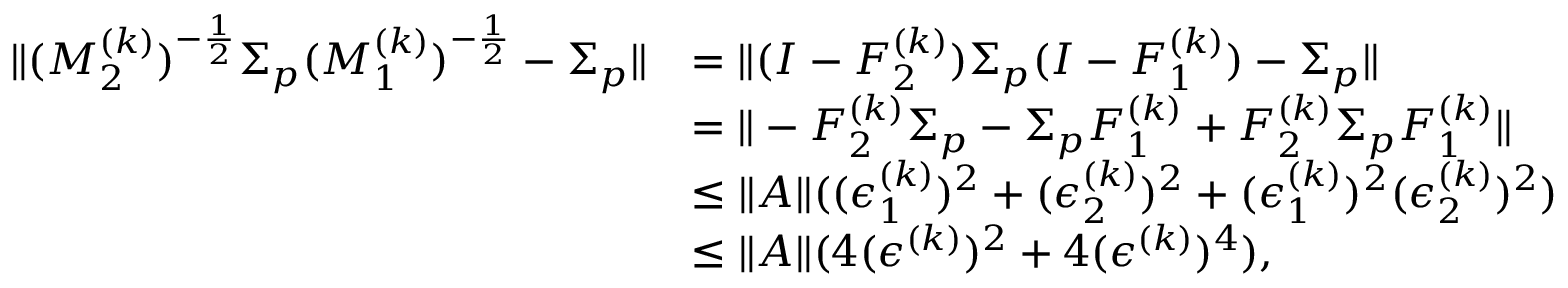
\begin{array} { r l } { \| ( M _ { 2 } ^ { ( k ) } ) ^ { - \frac { 1 } { 2 } } \Sigma _ { p } ( M _ { 1 } ^ { ( k ) } ) ^ { - \frac { 1 } { 2 } } - \Sigma _ { p } \| } & { = \| ( I - F _ { 2 } ^ { ( k ) } ) \Sigma _ { p } ( I - F _ { 1 } ^ { ( k ) } ) - \Sigma _ { p } \| } \\ & { = \| - F _ { 2 } ^ { ( k ) } \Sigma _ { p } - \Sigma _ { p } F _ { 1 } ^ { ( k ) } + F _ { 2 } ^ { ( k ) } \Sigma _ { p } F _ { 1 } ^ { ( k ) } \| } \\ & { \leq \| A \| ( ( \epsilon _ { 1 } ^ { ( k ) } ) ^ { 2 } + ( \epsilon _ { 2 } ^ { ( k ) } ) ^ { 2 } + ( \epsilon _ { 1 } ^ { ( k ) } ) ^ { 2 } ( \epsilon _ { 2 } ^ { ( k ) } ) ^ { 2 } ) } \\ & { \leq \| A \| ( 4 ( \epsilon ^ { ( k ) } ) ^ { 2 } + 4 ( \epsilon ^ { ( k ) } ) ^ { 4 } ) , } \end{array}